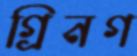
গ্রিনগ